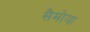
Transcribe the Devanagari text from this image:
सैमोया